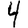
Digit: 4